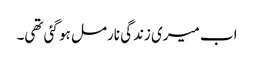
اب میری زندگی نارمل ہو گئی تھی۔